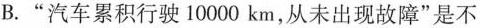
B."汽车累积行驶10000km，从未出现故障”是不